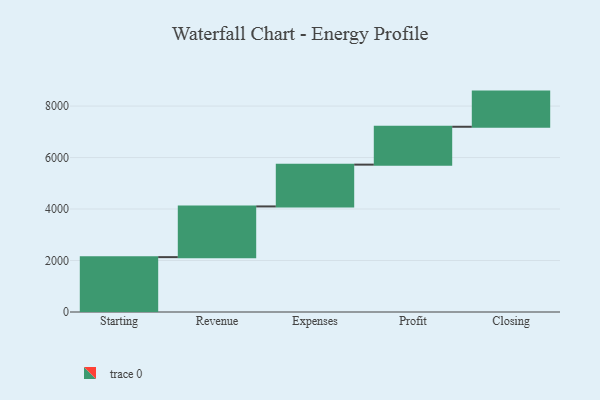
{"axis": {"x": "Step", "y": "Value"}, "legend": [""], "data": [{"x": "Starting", "y": 2131.0, "type": ""}, {"x": "Revenue", "y": 1970.0, "type": ""}, {"x": "Expenses", "y": 1624.0, "type": ""}, {"x": "Profit", "y": 1471.0, "type": ""}, {"x": "Closing", "y": 1366.0, "type": ""}]}